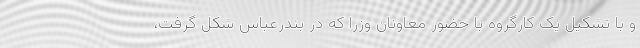
و با تشکیل یک کارگروه با حضور معاونان وزرا که در بندرعباس شکل گرفت،